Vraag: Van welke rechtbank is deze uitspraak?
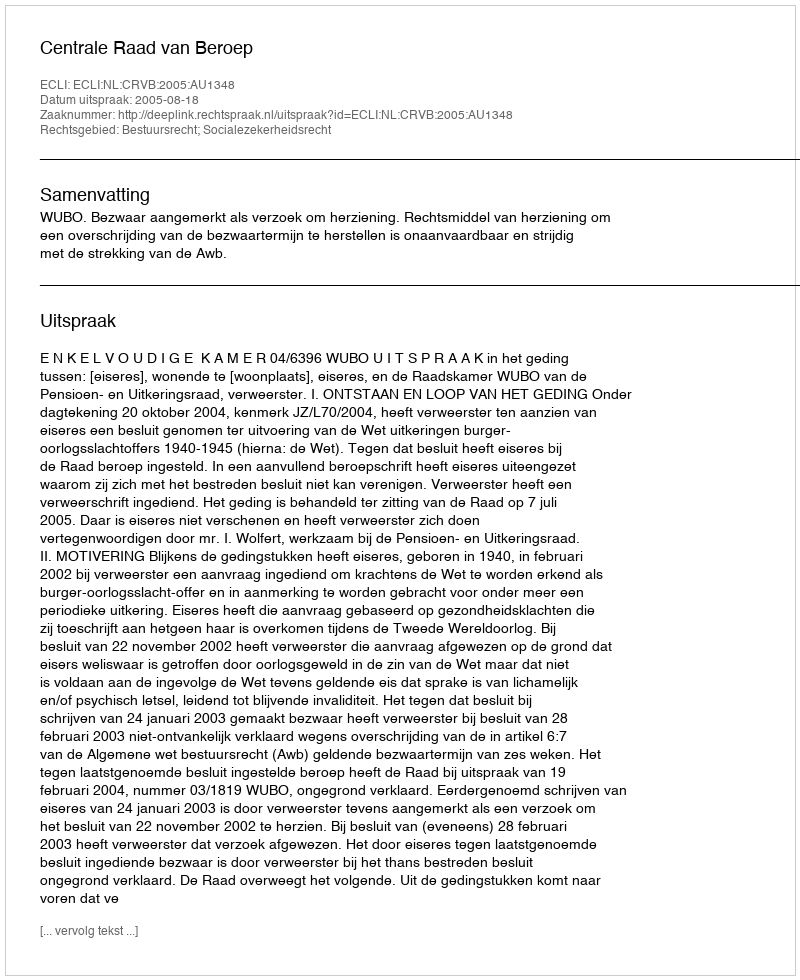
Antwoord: Centrale Raad van Beroep